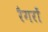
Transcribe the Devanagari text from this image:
रैगरों